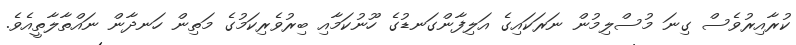
ކުރާއިރުވެސް ގިނަ މުސްލިމުން ނަރަކައިގެ އަލިފާންގަނޑުގެ ހޫނުކަމާއި ބިރުވެރިކަމުގެ މަތިން ހަނދާން ނައްތާލާތީއެވެ.